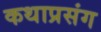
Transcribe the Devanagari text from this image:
कथाप्रसंग